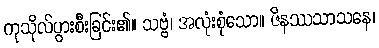
ကုသိုလ်ပွားစီးခြင်း၏။ သဗ္ဗံ၊ အလုံးစုံသော။ ဇိနဿသာသနေ၊